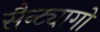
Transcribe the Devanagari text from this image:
सैन्ट्यागो